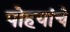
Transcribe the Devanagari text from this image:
पोहयांचे